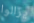
يزالوا